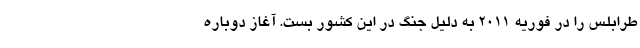
طرابلس را در فوریه ۲۰۱۱ به دلیل جنگ در این کشور بست. آغاز دوباره